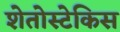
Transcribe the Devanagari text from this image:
शेतोस्टेकिस